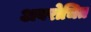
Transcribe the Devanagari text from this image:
अवरोचित